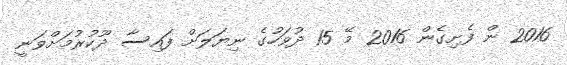
2016 ން ފެށިގެން 2016 މޭ 15 ދުވަހުގެ ނިޔަލަށް ފައިސާ ދޫކުރުމަށްވަނީ